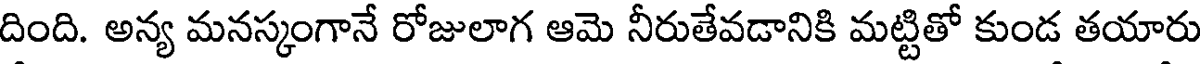
దింది. అన్య మనస్కంగానే రోజులాగ ఆమె నీరుతేవడానికి మట్టితో కుండ తయారు